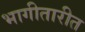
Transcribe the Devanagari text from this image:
भागीतारीत